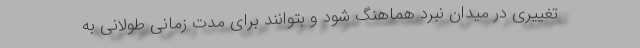
تغییری در میدان نبرد هماهنگ شود و بتوانند برای مدت زمانی طولانی به